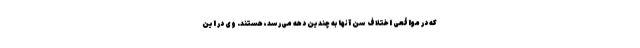
که در مواقعی اختلاف سن آنها به چندین دهه می‌رسد، هستند. وی در این